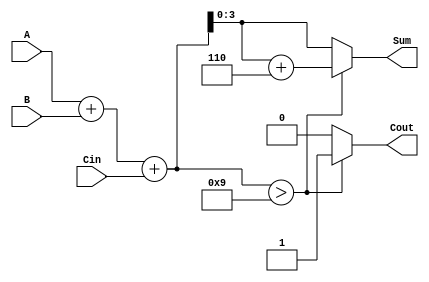
module BCD_Asynchronous_Adder (
    input [3:0] A,      // First BCD digit
    input [3:0] B,      // Second BCD digit
    input Cin,          // Carry-in
    output reg [3:0] Sum, // BCD result of the addition
    output reg Cout      // Carry-out signal
);

    // Internal wire for the binary sum
    wire [4:0] binary_sum; // 5 bits to accommodate carry
    wire [4:0] corrected_sum;

    // Calculate the binary sum of A, B, and Cin
    assign binary_sum = A + B + Cin;

    // BCD correction logic
    always @(*) begin
        if (binary_sum > 9) begin
            // If the sum exceeds 9, add 6 to correct to BCD
            Sum = binary_sum[3:0] + 4'b0110; // Add 6
            Cout = 1'b1; // Set carry-out
        end else begin
            Sum = binary_sum[3:0]; // No correction needed
            Cout = 1'b0; // No carry-out
        end
    end

endmodule